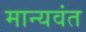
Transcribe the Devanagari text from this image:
मान्यवंत